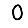
Digit: 0